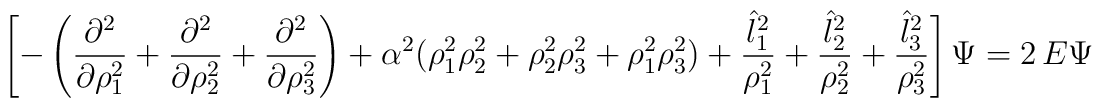
\left[ -\left(  {\partial^2 \over \partial\rho_1^2} +  {\partial^2 \over \partial\rho^2_2} +{\partial^2 \over \partial\rho^2_3}  \right) + {\alpha^2}  ( \rho_1^2 \rho_2^2  + \rho_2^2 \rho_3^2 + \rho_1^2 \rho_3^2 ) +\frac{{\hat{l}_1}^2}{\rho_1^2} + \frac{{\hat{l}_2}^2}{\rho_2^2} +     \frac{{\hat{l}_3}^2}{\rho_3^2} \right] \Psi = 2 \, E \Psi